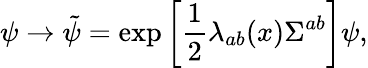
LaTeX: \psi\to\tilde{\psi}=\exp\left[\frac{1}{2}\lambda_{ab}(x)\Sigma^{ab}\right]\psi,